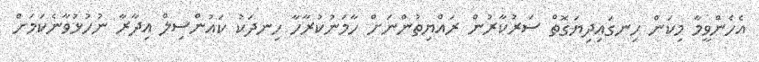
އެހެންވީމާ މިކަން ހިނގައިދިޔަގޮތް ސަރުކާރުން ރައްޔިތުންނަށް ހާމަނުކުރާހާ ހިނދަކު ކައުންސިލް އިދާރާ ނުހުޅުވާނެކަމަށް